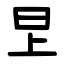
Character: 㫔